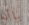
باأنه